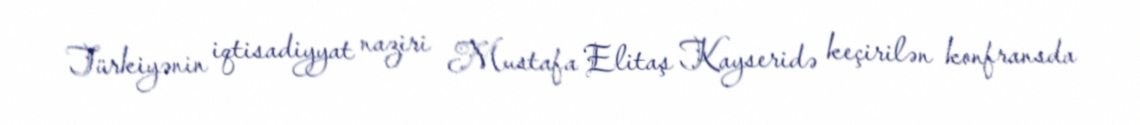
Türkiyənin iqtisadiyyat naziri Mustafa Elitaş Kayseridə keçirilən konfransda